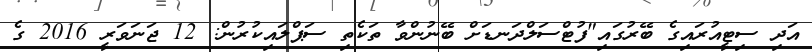
އަދި ސިޓީއުރައިގެ ބޭރުގައި"ފުޓްސަލްދަނޑަށް ބޭނުންވާ ތަކެތި ސަޕްލައިކުރުން: 12 ޖަނަވަރީ 2016 ގެ